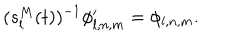
( s _ { l } ^ { M } ( t ) ) ^ { - 1 } \phi _ { l , n , m } ^ { \prime } = \phi _ { l , n , m } .